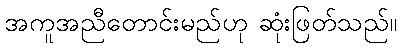
အကူအညီတောင်းမည်ဟု ဆုံးဖြတ်သည်။